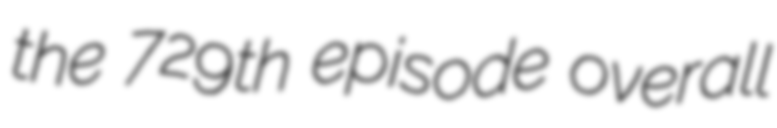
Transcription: the 729th episode overall